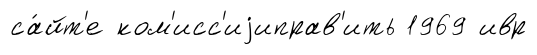
са́йт'е ком'исс'иjиправ'ить 1969 ивр